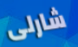
شارلى